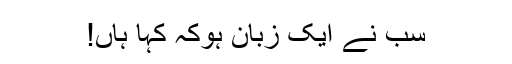
سب نے ایک زبان ہوکہ کہا ہاں!